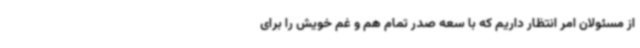
از مسئولان امر انتظار داریم که با سعه صدر تمام هم و غم خویش را برای